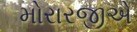
મોરારજીએ